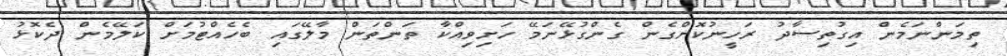
ތިމަންނަމެން އިގުތިސާދު ރަހީނުކޮށްގެން ގެންގުޅޭނަމޭ ހަށިވިއްކާ ތަންތަން މާލޭގައި ބެހެއްޓުމަށް ކަލޭމެން ދެކޮޅު